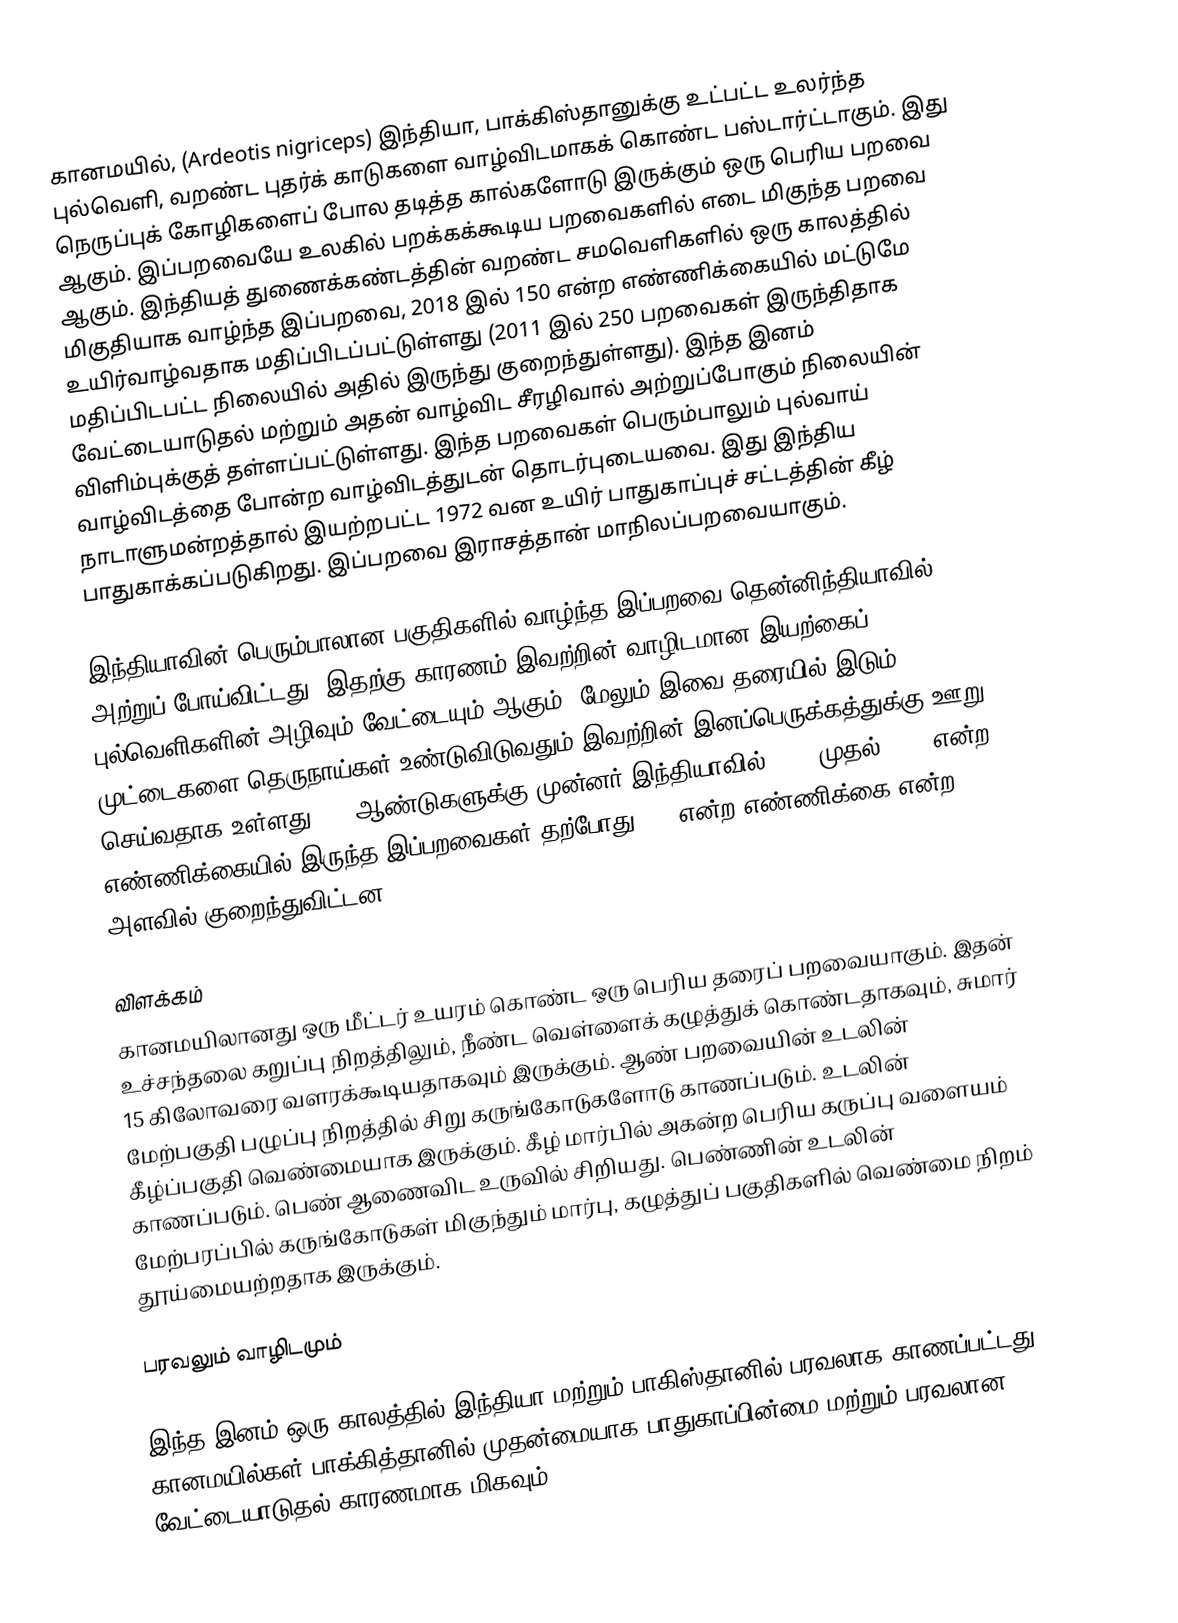
கானமயில், (Ardeotis nigriceps) இந்தியா, பாக்கிஸ்தானுக்கு உட்பட்ட உலர்ந்த புல்வெளி, வறண்ட புதர்க் காடுகளை வாழ்விடமாகக் கொண்ட பஸ்டார்ட்டாகும். இது நெருப்புக் கோழிகளைப் போல தடித்த கால்களோடு இருக்கும் ஒரு பெரிய பறவை ஆகும். இப்பறவையே உலகில் பறக்கக்கூடிய பறவைகளில் எடை மிகுந்த பறவை ஆகும். இந்தியத் துணைக்கண்டத்தின் வறண்ட சமவெளிகளில் ஒரு காலத்தில் மிகுதியாக வாழ்ந்த இப்பறவை, 2018 இல் 150 என்ற எண்ணிக்கையில் மட்டுமே உயிர்வாழ்வதாக மதிப்பிடப்பட்டுள்ளது (2011 இல் 250 பறவைகள் இருந்திதாக மதிப்பிடபட்ட நிலையில் அதில் இருந்து குறைந்துள்ளது). இந்த இனம் வேட்டையாடுதல் மற்றும் அதன் வாழ்விட சீரழிவால் அற்றுப்போகும் நிலையின் விளிம்புக்குத் தள்ளப்பட்டுள்ளது. இந்த பறவைகள் பெரும்பாலும் புல்வாய் வாழ்விடத்தை போன்ற வாழ்விடத்துடன் தொடர்புடையவை. இது இந்திய நாடாளுமன்றத்தால் இயற்றபட்ட 1972 வன உயிர் பாதுகாப்புச் சட்டத்தின் கீழ் பாதுகாக்கப்படுகிறது. இப்பறவை இராசத்தான் மாநிலப்பறவையாகும்.

இந்தியாவின் பெரும்பாலான பகுதிகளில் வாழ்ந்த இப்பறவை தென்னிந்தியாவில் அற்றுப் போய்விட்டது. இதற்கு காரணம்  இவற்றின் வாழிடமான இயற்கைப் புல்வெளிகளின் அழிவும் வேட்டையும் ஆகும். மேலும் இவை தரையில் இடும் முட்டைகளை தெருநாய்கள் உண்டுவிடுவதும் இவற்றின் இனப்பெருக்கத்துக்கு ஊறு செய்வதாக உள்ளது. 30 ஆண்டுகளுக்கு முன்னர் இந்தியாவில் 1500 முதல் 2000 என்ற எண்ணிக்கையில் இருந்த இப்பறவைகள் தற்போது 150 என்ற எண்ணிக்கை என்ற அளவில் குறைந்துவிட்டன.

விளக்கம்
கானமயிலானது ஒரு மீட்டர் உயரம் கொண்ட ஒரு பெரிய தரைப் பறவையாகும். இதன் உச்சந்தலை கறுப்பு நிறத்திலும், நீண்ட வெள்ளைக் கழுத்துக் கொண்டதாகவும், சுமார் 15 கிலோவரை வளரக்கூடியதாகவும் இருக்கும். ஆண் பறவையின் உடலின் மேற்பகுதி பழுப்பு நிறத்தில் சிறு கருங்கோடுகளோடு காணப்படும். உடலின் கீழ்ப்பகுதி வெண்மையாக இருக்கும். கீழ் மார்பில் அகன்ற பெரிய கருப்பு வளையம் காணப்படும். பெண் ஆணைவிட உருவில் சிறியது. பெண்ணின் உடலின் மேற்பரப்பில் கருங்கோடுகள் மிகுந்தும் மார்பு, கழுத்துப் பகுதிகளில் வெண்மை நிறம் தூய்மையற்றதாக இருக்கும்.

பரவலும் வாழிடமும்

இந்த இனம் ஒரு காலத்தில் இந்தியா மற்றும் பாகிஸ்தானில் பரவலாக காணப்பட்டது. கானமயில்கள் பாக்கித்தானில் முதன்மையாக பாதுகாப்பின்மை மற்றும் பரவலான வேட்டையாடுதல் காரணமாக மிகவும்